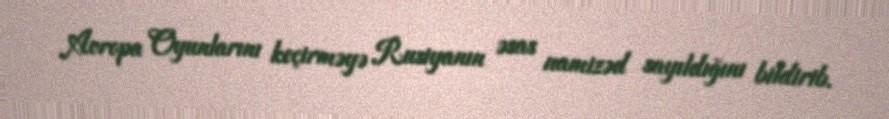
Avropa Oyunlarını keçirməyə Rusiyanın əsas namizəd sayıldığını bildirib.